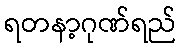
ရတနာ့ဂုဏ်ရည်